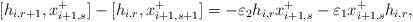
LaTeX: \begin{align*}[h_{i, r+1}, x_{i+1, s}^{+}] - [h_{i, r}, x_{i+1, s+1}^{+}] = - \varepsilon_2 h_{i, r} x_{i+1, s}^{+} - \varepsilon_1 x_{i+1, s}^{+} h_{i, r}, \end{align*}